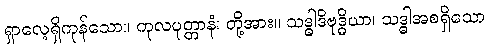
ရှာလေ့ရှိကုန်သော။ ကုလပုတ္တာနံ၊ တို့အား။ သဒ္ဓါဒိဗုဒ္ဓိယာ၊ သဒ္ဓါအစရှိသော